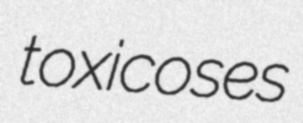
toxicoses